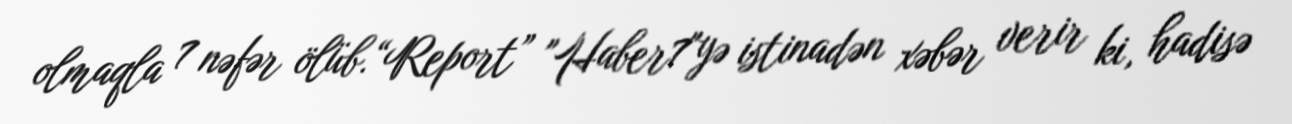
olmaqla 7 nəfər ölüb.“Report” "Haber7"yə istinadən xəbər verir ki, hadisə